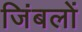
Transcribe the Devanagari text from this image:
जिंबलों